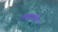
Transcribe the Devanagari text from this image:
उत्तार्धात